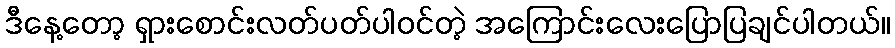
ဒီနေ့တော့ ရှားစောင်းလတ်ပတ်ပါဝင်တဲ့ အကြောင်းလေးပြောပြချင်ပါတယ်။